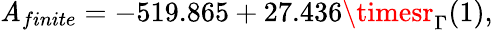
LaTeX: \mathit{A}_{finite}=-519.865+27.436\timesr_{\Gamma}(1),